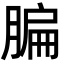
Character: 䐔